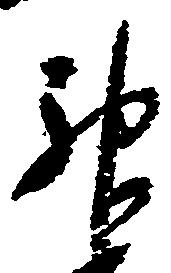
神